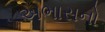
અભાસનો